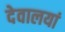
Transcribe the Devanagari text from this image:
देवालयां